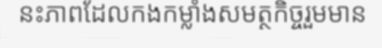
នះភាពដែលកងកម្លាំងសមត្ថកិច្ចរួមមាន